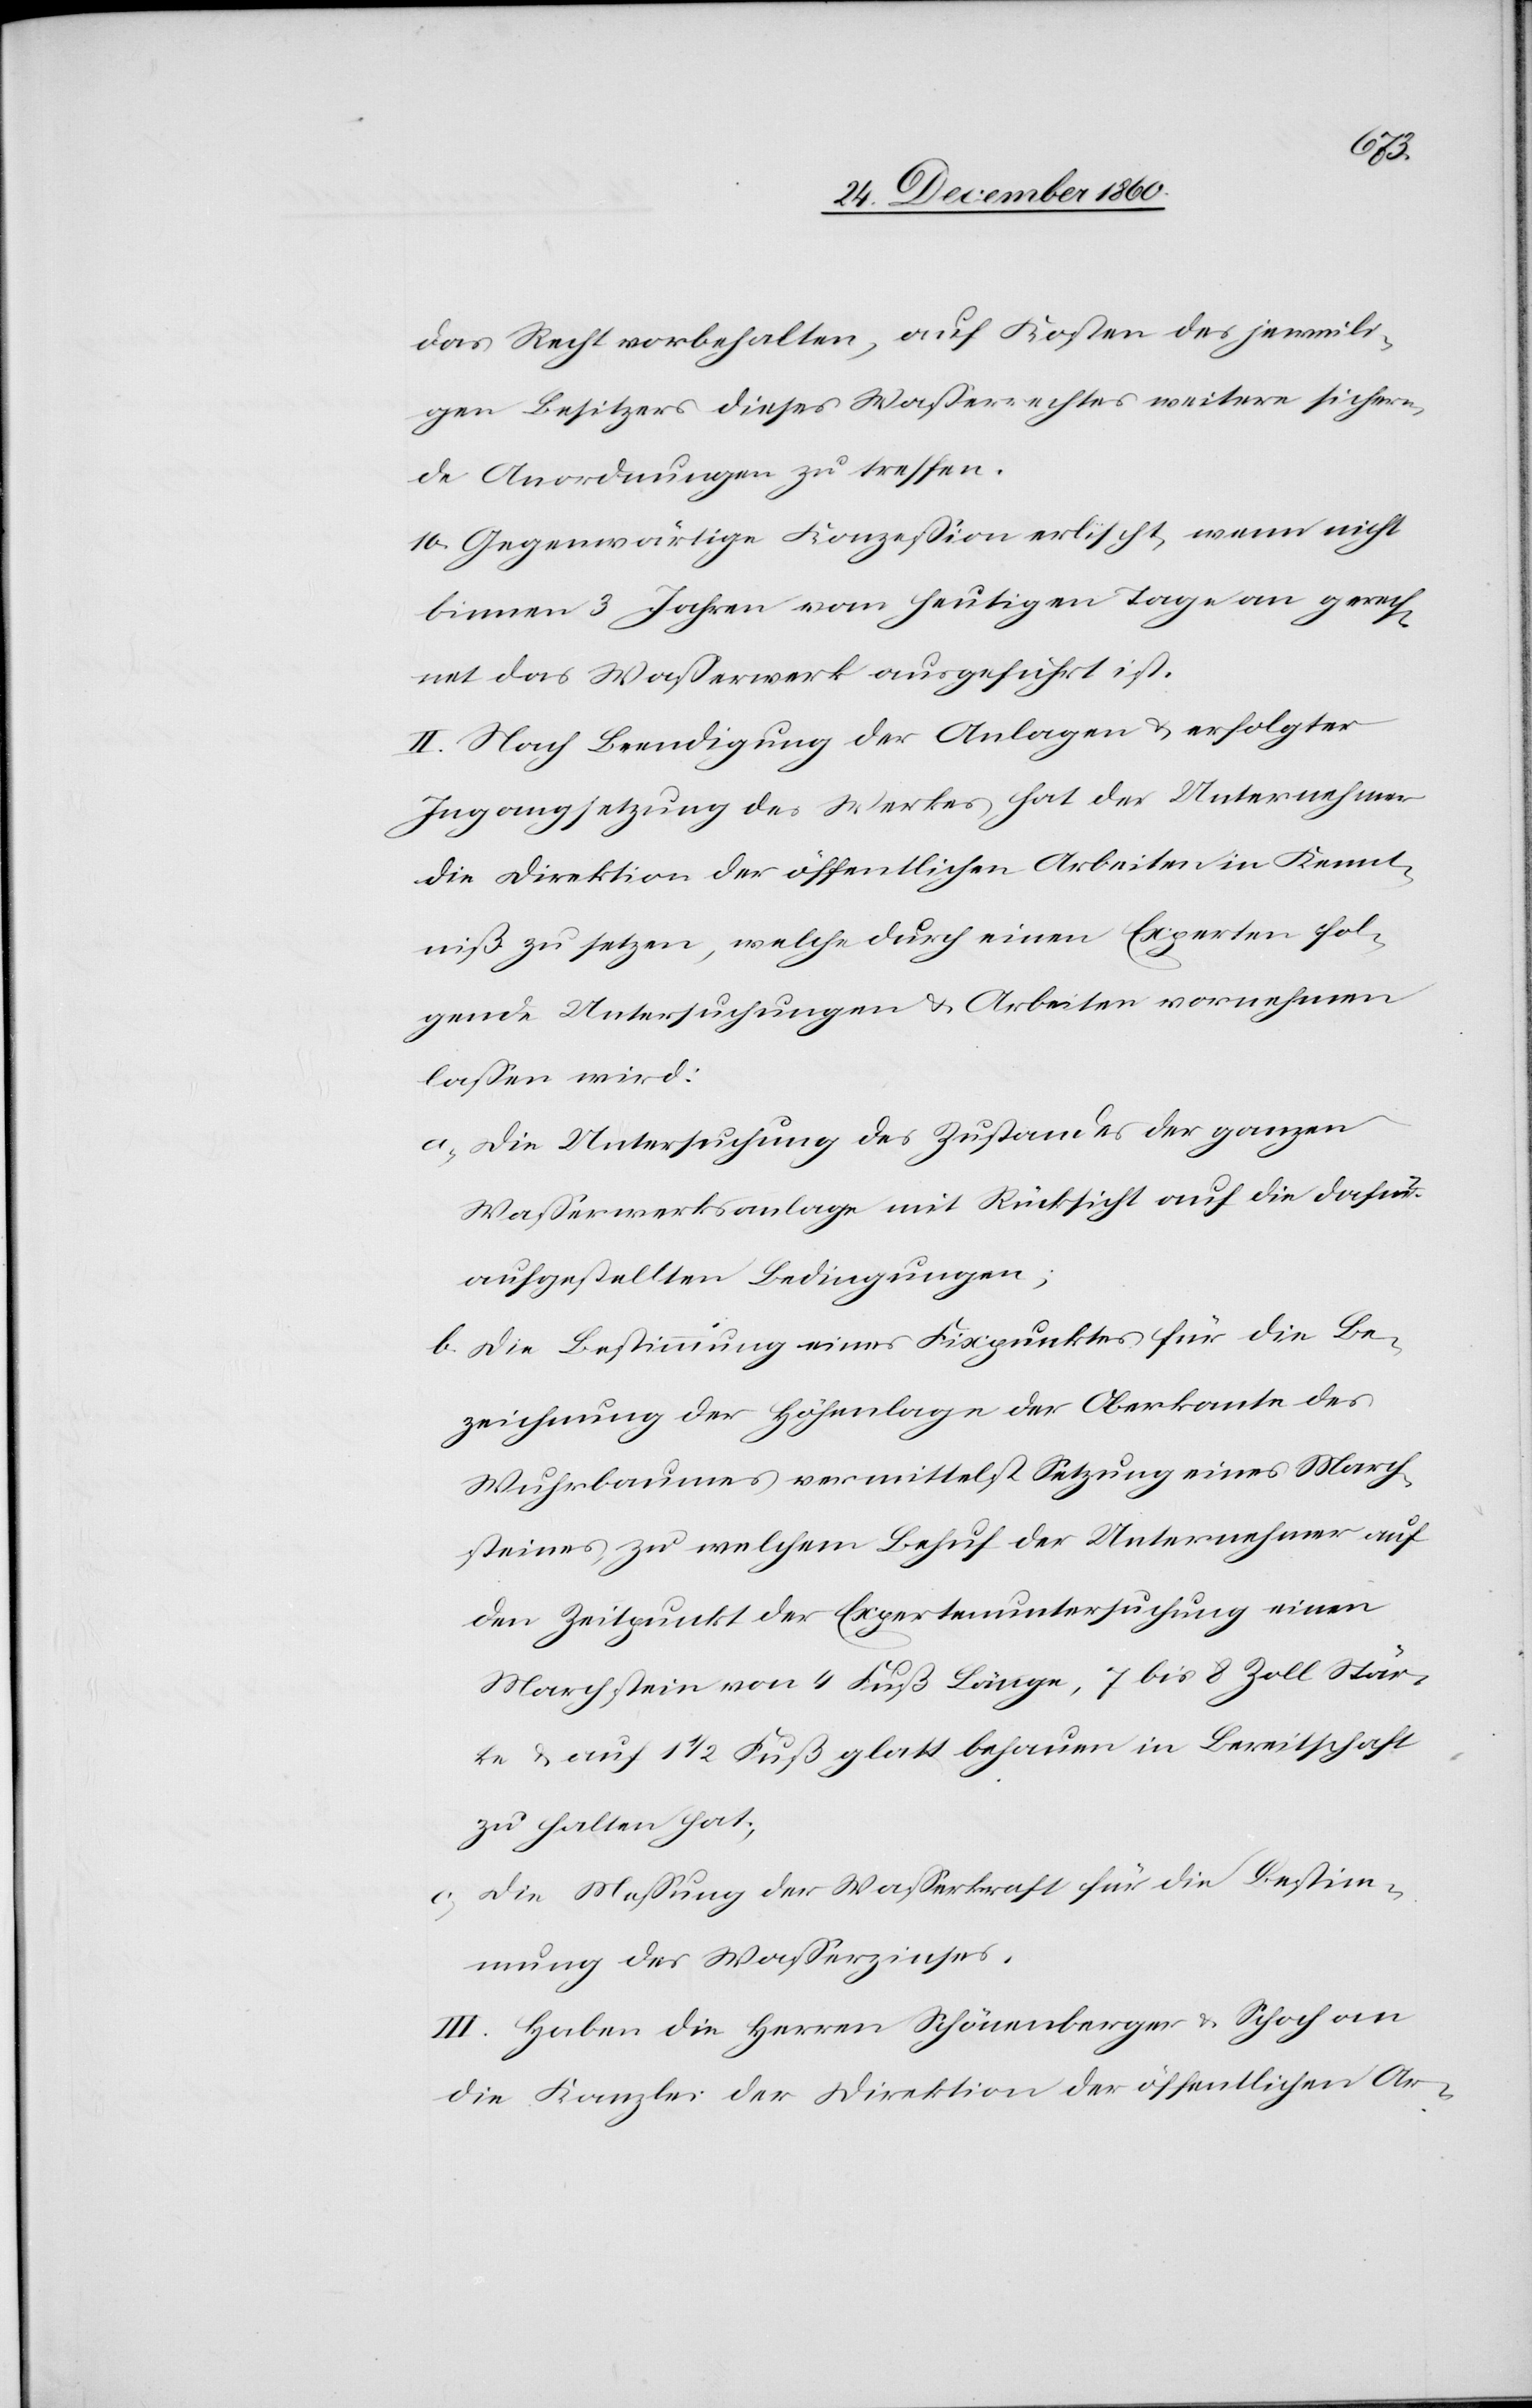
das Recht vorbehalten, auf Kosten des jeweili¬
gen Besitzers dieses Wasserrechtes weitere sichern¬
de Anordnungen zu treffen.
10. Gegenwärtige Konzession erlischt, wenn nicht
binnen 3 Jahren vom heutigen Tage an gerech¬
net das Wasserwerk ausgeführt ist.
II. Nach Beendigung der Anlagen u. erfolgter
Ingangsetzung des Werkes, hat der Unternehmer
die Direktion der öffentlichen Arbeiten in Kennt¬
niß zu setzen, welche durch einen Experten fol¬
gende Untersuchungen u. Arbeiten vornehmen
lassen wird:
a. Die Untersuchung des Zustandes der ganzen
Wasserwerksanlage mit Rücksicht auf die dafür
aufgestellten Bedingungen;
b. Die Bestimmung eines Fixpunktes für die Be¬
zeichnung der Höhenlage der Oberkante des
Wuhrbaumes vermittelst Setzung eines March¬
steines, zu welchem Behuf der Unternehmer auf
den Zeitpunkt der Expertenuntersuchung einen
Marchstein von 4 Fuß Länge, 7 bis 8 Zoll Stär¬
ke u. auf 1 1/2 Fuß glatt behauen in Bereitschaft
zu halten hat;
c. Die Messung der Wasserkraft für die Bestim¬
mung des Wasserzinses.
III. Haben die Herren Schönenberger u. Schoch an
die Kanzlei der Direktion der öffentlichen Ar-